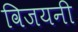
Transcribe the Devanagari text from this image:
विजयनी